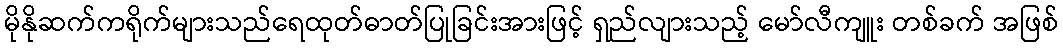
မိုနိုဆက်ကရိုက်များသည်ရေထုတ်ဓာတ်ပြုခြင်းအားဖြင့် ရှည်လျားသည့် မော်လီကျူး တစ်ခက် အဖြစ်